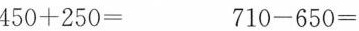
450+250= 710-650=